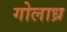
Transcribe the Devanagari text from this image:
गोलाध्र